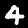
Digit: 4